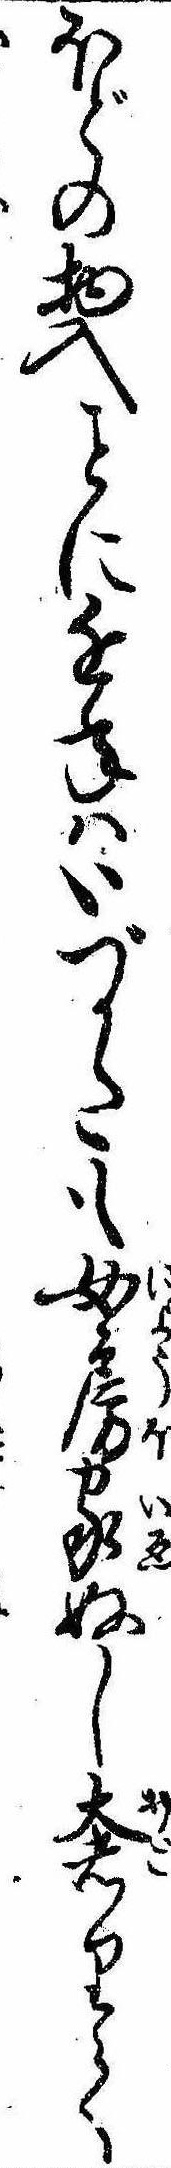
ほどの物入に近年はいづかたも女房家ぬし奢りて